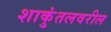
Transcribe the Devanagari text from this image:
शाकुंतलवरील